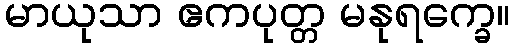
မာယုသာ ဧကပုတ္တ မနုရက္ခေ။